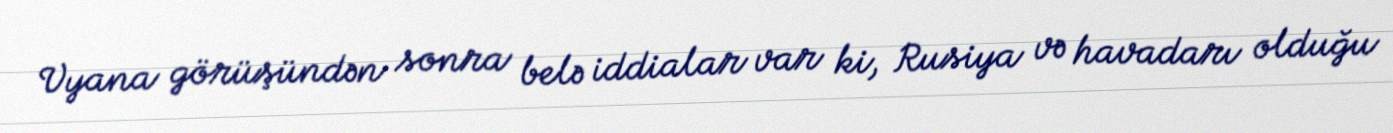
Vyana görüşündən sonra belə iddialar var ki, Rusiya və havadarı olduğu